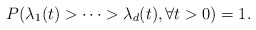
\begin{align*}P(\lambda_{1}(t)>\cdots>\lambda_{d}(t),\forall t>0)=1. \end{align*}